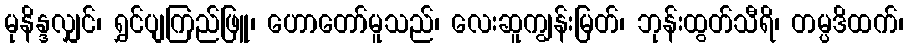
မုနိန္ဒလျှင်၊ ရွှင်ပျကြည်ဖြူ၊ ဟောတော်မူသည်၊ လေးဆူကျွန်းမြတ်၊ ဘုန်းထွတ်သီရိ၊ တမ္ပဒိထက်၊